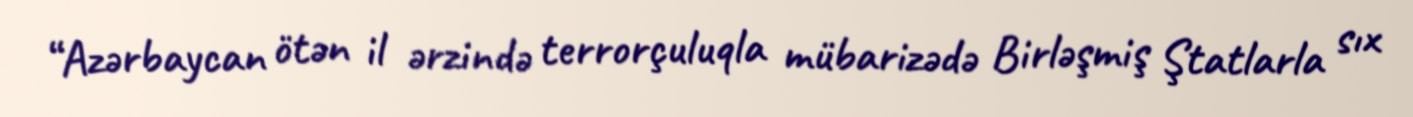
“Azərbaycan ötən il ərzində terrorçuluqla mübarizədə Birləşmiş Ştatlarla sıx